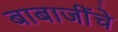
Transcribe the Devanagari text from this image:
बाबाजींचे